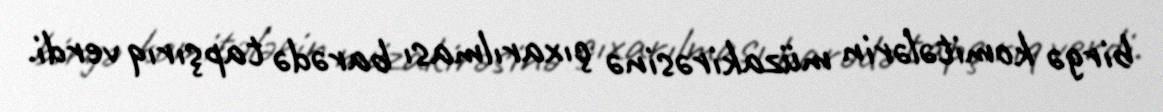
birgə komitələrin müzakirəsinə çıxarılması barədə tapşırıq verdi.